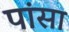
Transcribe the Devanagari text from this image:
पांसा